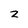
Character: z